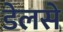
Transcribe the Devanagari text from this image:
डेलसे